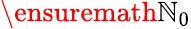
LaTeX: \ensuremath{\mathbb{N}}_{0}